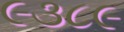
૯૩૮૯